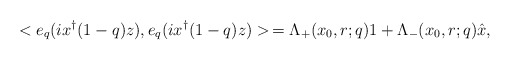
\begin{align*}<e_q(ix^\dagger (1-q)z),e_q(ix^\dagger (1-q)z)>\,=\Lambda_+(x_0,r;q)1+\Lambda_-(x_0,r;q)\hat x,\end{align*}